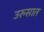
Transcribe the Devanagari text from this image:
उरुसात